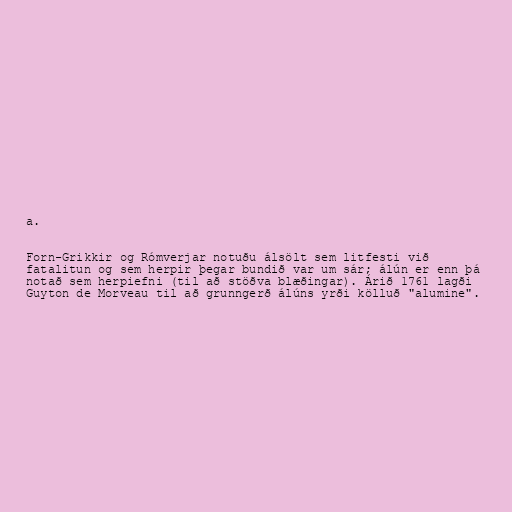
a.

Forn-Grikkir og Rómverjar notuðu álsölt sem litfesti við
fatalitun og sem herpir þegar bundið var um sár; álún er enn þá
notað sem herpiefni (til að stöðva blæðingar). Árið 1761 lagði
Guyton de Morveau til að grunngerð álúns yrði kölluð "alumine".